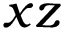
x z